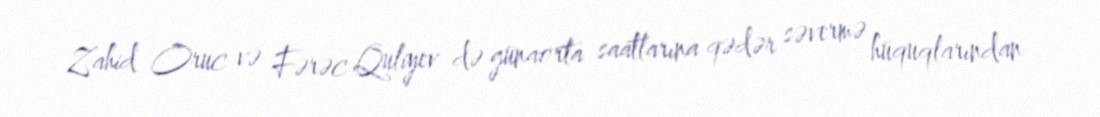
Zahid Oruc və Fərəc Quliyev də günaorta saatlarına qədər səvermə hüquqlarından